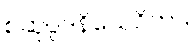
စဆုပ္ပဒနိသေဝိတာ။